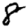
Digit: 8